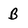
Character: B